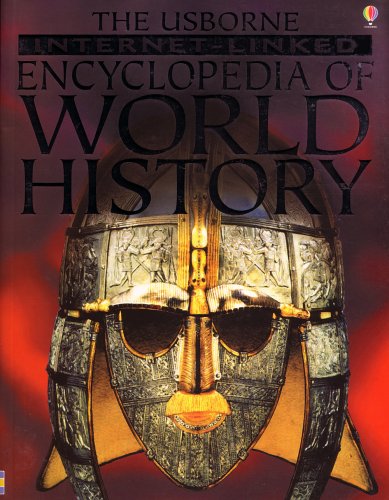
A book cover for The Usborne Internet-Linked Encyclopedia of World History; Jane Bingham; Teen & Young Adult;